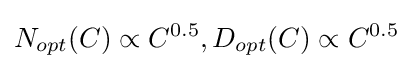
N_{opt}(C)\propto C^{0.5},D_{opt}(C)\propto C^{0.5}